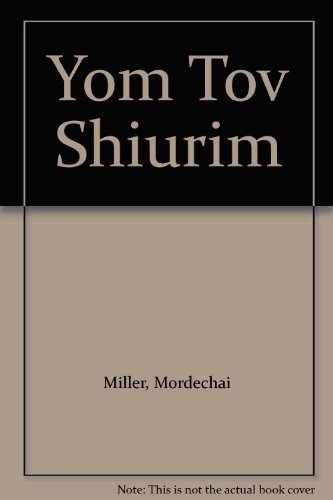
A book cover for Yom Tov Shiurim; Mordechai Miller; Religion & Spirituality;